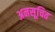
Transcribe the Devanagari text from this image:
अनसूचित